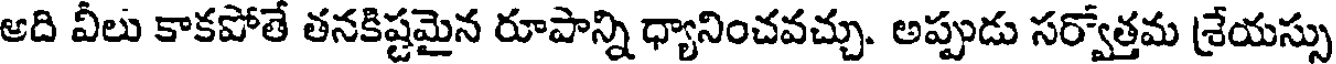
అది వీలు కాకపోతే తనకిష్టమైన రూపాన్ని ధ్యానించవచ్చు. అప్పుడు సర్వోత్తమ శ్రేయస్సు